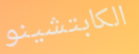
الكابتشينو